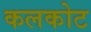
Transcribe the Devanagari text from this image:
कलकोट